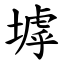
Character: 㙤